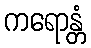
ကရောန္တံ